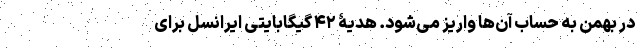
در بهمن به حساب آن‌ها واریز می‌شود. هدیۀ ۴۲ گیگابایتی ایرانسل برای